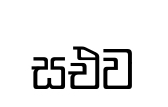
සඑව